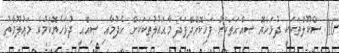
10. ސްކޫލްތަކަކީ ދުޅަހެޔޮ ޞިއްޙަތަކަށް ފަހިކޮށްދޭފަދަ މާޙައުލުތަކަކަށް ހެދުމާއި ޞިއްޙީ ދުޅަހެޔޮކަމުގެ މަޢުލޫމާތު